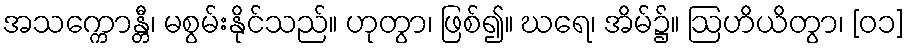
အသက္ကောန္တီ၊ မစွမ်းနိုင်သည်။ ဟုတွာ၊ ဖြစ်၍။ ဃရေ၊ အိမ်၌။ ဩဟိယိတွာ၊ [၀၁]